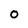
Character: 0